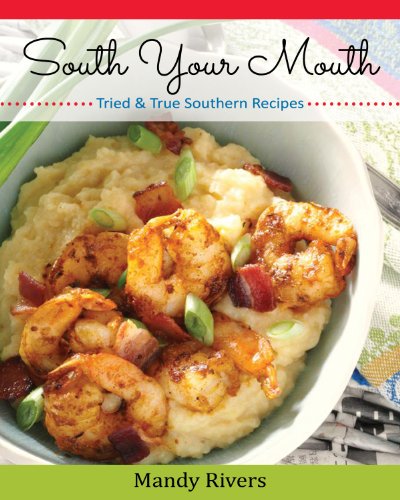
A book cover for South Your Mouth; Mandy Rivers; Cookbooks, Food & Wine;